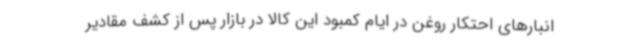
انبارهای احتکار روغن در ایام کمبود این کالا در بازار پس از کشف مقادیر